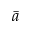
\bar { a }